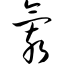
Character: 氦